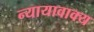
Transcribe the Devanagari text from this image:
न्यायावाक्य